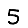
Digit: 5